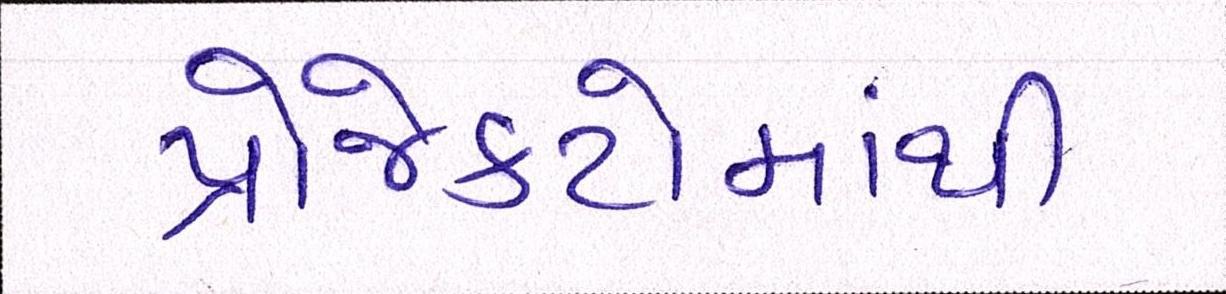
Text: પ્રોજેક્ટોમાંથી